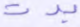
بدت